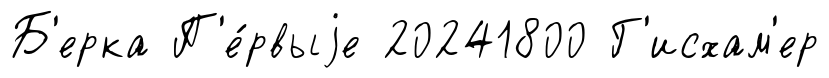
Б'ерка П'е́рвыjе 20241800 Г'исхам'ер